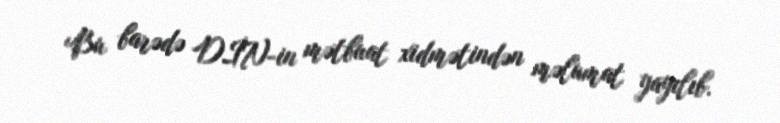
Bu barədə DİN-in mətbuat xidmətindən məlumat yayılıb.